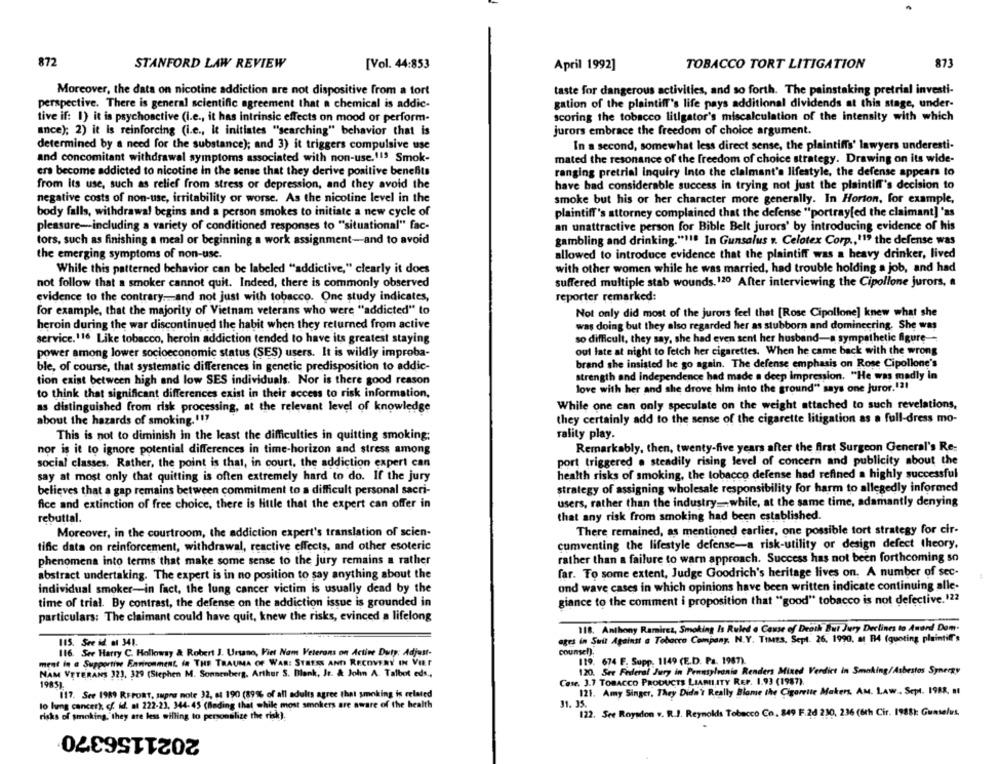
872
STANFORD LAW REVIEW
[Vol. 44:853
April 1992]
TOBACCO TORT LITIGATION
873
Moreover, the data on nicotine addiction are not dispositive from a tort
taste for dangerous activities, and so forth. The painstaking pretrial investi-
perspective. There is general scientific agreement that a chemical is addic-
gation of the plaintiff's life pays additional dividends at this stage, under-
tive if: 1) it is psychoactive (i.e ., it has intrinsic effects on mood or perform-
scoring the tobacco litigator's miscalculation of the intensity with which
jurors embrace the freedom of choice argument.
ance); 2) it is reinforcing (i.e ., it initiates "searching" behavior that is
determined by a need for the substance); and 3) it triggers compulsive use
In a second, somewhat less direct sense, the plaintiffs' lawyers underesti-
and concomitant withdrawal symptoms associated with non-use. 113 Smok-
mated the resonance of the freedom of choice strategy. Drawing on its wide-
ers become addicted to nicotine in the sense that they derive positive benefits
ranging pretrial Inquiry Into the claimant's lifestyle, the defense appears to
from Its use, such as relief from stress or depression, and they avoid the
have had considerable success in trying not just the plaintiff's decision to
negative costs of non-use, irritability or worse. As the nicotine level in the
smoke but his or her character more generally. In Horton, for example,
body falls, withdrawal begins and a person smokes to initiate a new cycle of
plaintiff's attorney complained that the defense "portray[ed the claimant] "as
pleasure-including a variety of conditioned responses to "situational" fac-
an unattractive person for Bible Belt jurors' by introducing evidence of his
tors, such as finishing a meal or beginning a work assignment-and to avoid
gambling and drinking."118 In Gunsalus v. Celotex Corp ., '15 the defense was
the emerging symptoms of non-use.
allowed to introduce evidence that the plaintiff was a heavy drinker, lived
with other women while he was married, had trouble holding a job, and had
While this patterned behavior can be labeled "addictive," clearly it does
not follow that a smoker cannot quit. Indeed, there is commonly observed
suffered multiple stab wounds. 120 After interviewing the Cipollone jurors, a
evidence to the contrary ... and not just with tobacco. One study indicates,
reporter remarked:
for example, that the majority of Vietnam veterans who were "addicted" to
Not only did most of the jurors feel that [Rose Cipollone] knew what she
heroin during the war discontinued the habit when they returned from active
was doing but they also regarded her as stubborn and domineering. She was
service.116 Like tobacco, heroin addiction tended to have its greatest staying
so difficult, they say, she had even sent her husband-a sympathetic figure --
out late at night to fetch her cigarettes. When he came back with the wrong
power among lower socioeconomic status (SES) users. It is wildly improba-
ble, of course, that systematic differences in genetic predisposition to addic-
brand she insisted he go again. The defense emphasis on Rose Cipollone's
tion exist between high and low SES individuals. Nor is there good reason
strength and independence had made a deep impression. "He was madly in
love with her and she drove him into the ground" says one juror.121
to think that significant differences exist in their access to risk information,
While one can only speculate on the weight attached to such revelations,
as distinguished from risk processing, at the relevant level of knowledge
about the hazards of smoking. 117
they certainly add to the sense of the cigarette litigation as a full-dress mo-
This is not to diminish in the least the difficulties in quitting smoking:
rality play.
nor is it to ignore potential differences in time-horizon and stress among
Remarkably, then, twenty-five years after the first Surgeon General's Re-
social classes, Rather, the point is that, in court, the addiction expert can
port triggered . steadily rising level of concern and publicity about the
health risks of smoking, the tobacco defense had refined a highly successful
say at most only that quitting is often extremely hard to do. If the jury
strategy of assigning wholesale responsibility for harm to allegedly informed
believes that a gap remains between commitment to a difficult personal sacri-
fice and extinction of free choice, there is little that the expert can offer in
users, rather than the industry- while, at the same time, adamantly denying
rebuttal.
that any risk from smoking had been established.
Moreover, in the courtroom, the addiction expert's translation of scien-
There remained, as mentioned earlier, one possible tort strategy for cir-
tific data on reinforcement, withdrawal, reactive effects, and other esoteric
cumventing the lifestyle defense-a risk-utility or design defect theory,
rather than a failure to warn approach. Success has not been forthcoming so
phenomena into terms that make some sense to the jury remains a rather
far. To some extent, Judge Goodrich's heritage lives on. A number of sec-
abstract undertaking. The expert is in no position to say anything about the
ond wave cases in which opinions have been written indicate continuing alle-
individual smoker-in fact, the lung cancer victim is usually dead by the
time of trial. By contrast, the defense on the addiction issue is grounded in
giance to the comment i proposition that "good" tobacco is not defective. 122
particulars: The claimant could have quit, knew the risks, evinced a lifelong
118. Anthony Ramirez, Smoking Is Ruled a Cause of Death But Jury Declines to Anord Dom.
115. See id at 341.
ates in Suit Against a Tobacco Company. N.Y. TIMES. Sept. 26, 1990, at 14 (quoting plaintiff's
116. See Harry C. Holloway & Robert J. Ursano, Fiel Nam Veterans on Active Duty: Adjust-
counsel).
ment in a Supportive Environment, in THE TRAUMA OF WAR: STRESS AND RECOVERY IN VIE
119. 674 E. Supp. 1149 (E.D. Pa. 1967).
NAM VETERANS 323, 329 (Stephen M. Sonnenberg. Arthur S. Blank, Jr. & John A. Talbot eds .,
120. See Federal Jury in Pennsylvania Renders Mixed Verdict in Smoking/Asbestos Synergy
Case. 3.7 TOBACCO PRODUCTS LIABILITY REP. 1.93 (1987).
19851
117. See 1989 REPORT, supre note 32, at 190 (89% of all adults agree that smoking is related
121. Amy Singer, They Didn't Really Blame the Cigarette Makers, AM. LAW .. Sept. 1988. 81
lo heng cancer) of id. at 222-23, 344-45 (Bading that while most smokers are aware of the health
31. 35
risks of smoking,'they are less willing to personalize the risk)
122. See Roysdon v. R.J. Reynolds Tobacco Co. 849 F.2d 230, 236 (6th Cir. 1988): Gunselus,
2021156370